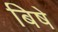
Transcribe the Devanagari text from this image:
बिषे